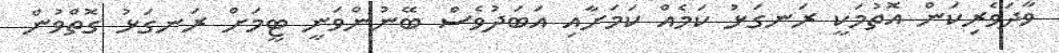
ވާދަވެރިކަން އޮތުމަކީ ރަނގަޅު ކަމެއް ކަމަށާއި އަބަދުވެސް ބޭނުންވަނީ ޓީމަށް ރަނގަޅު ގޮތްވުން